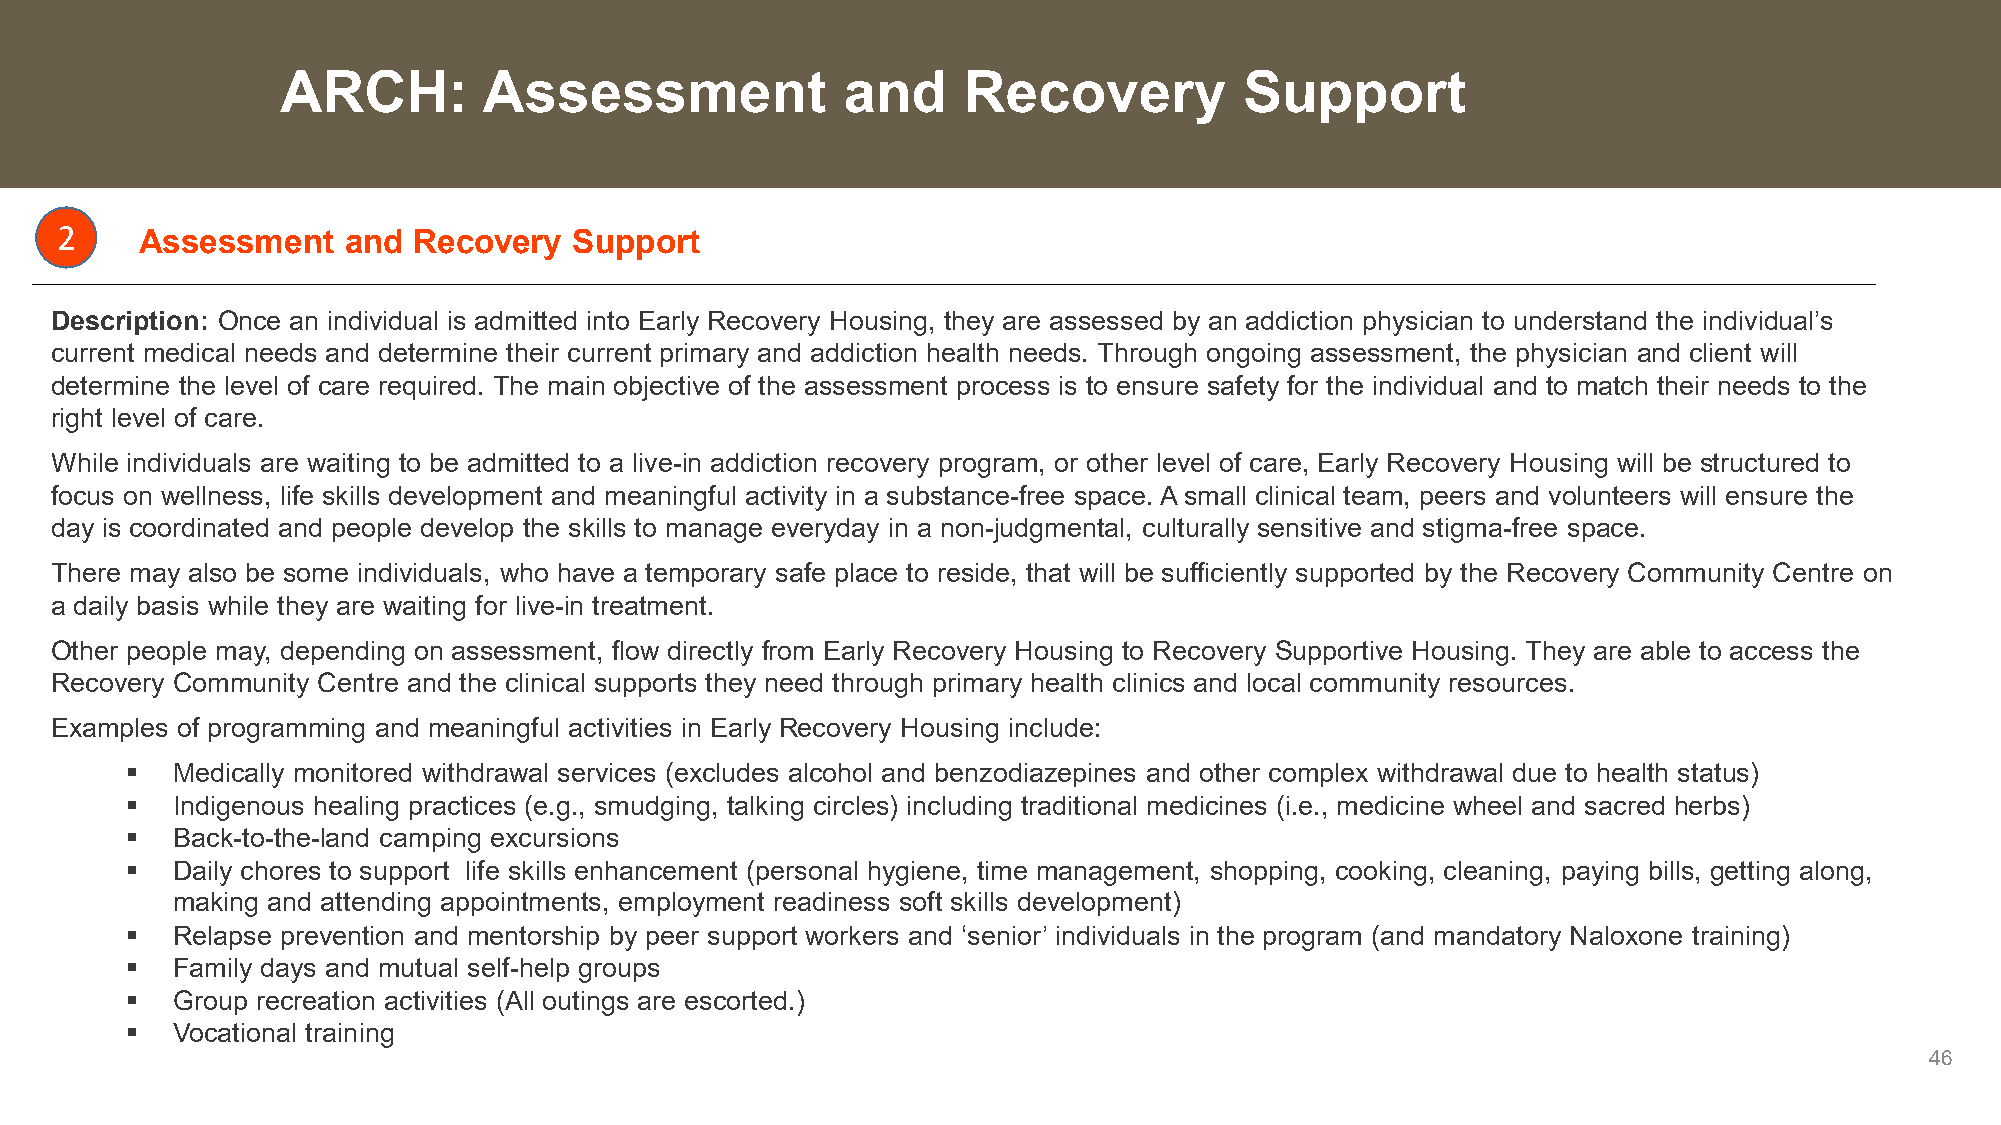
ARCH:        Assessment              and     Recovery          Support
 2
 Assessment    and Recovery   Support
 Description: Once an individual is admitted into Early Recovery Housing, they are assessed by an addiction physician to understand the individual’s
 current medical needs and determine their current primary and addiction health needs. Through ongoing assessment, the physician and client will
 determine the level of care required. The main objective of the assessment process is to ensure safety for the individual and to match their needs to the
 right level of care.
 While individuals are waiting to be admitted to a live-in addiction recovery program, or other level of care, Early Recovery Housing will be structured to
 focus on wellness, life skills development and meaningful activity in a substance-free space. A small clinical team, peers and volunteers will ensure the
 day is coordinated and people develop the skills to manage everyday in a non-judgmental, culturally sensitive and stigma-free space.
 There may also be some individuals, who have a temporary safe place to reside, that will be sufficiently supported by the Recovery Community Centre on
 a daily basis while they are waiting for live-in treatment.
 Other people may, depending on assessment, flow directly from Early Recovery Housing to Recovery Supportive Housing. They are able to access the
 Recovery Community Centre and the clinical supports they need through primary health clinics and local community resources.
 Examples of programming and meaningful activities in Early Recovery Housing include:
   Medically monitored withdrawal services (excludes alcohol and benzodiazepines and other complex withdrawal due to health status)
   Indigenous healing practices (e.g., smudging, talking circles) including traditional medicines (i.e., medicine wheel and sacred herbs)
   Back-to-the-land camping excursions
   Daily chores to support life skills enhancement (personal hygiene, time management, shopping, cooking, cleaning, paying bills, getting along,
 making and attending appointments, employment readiness soft skills development)
   Relapse prevention and mentorship by peer support workers and ‘senior’ individuals in the program (and mandatory Naloxone training)
   Family days and mutual self-help groups
   Group recreation activities (All outings are escorted.)
   Vocational training
 46